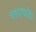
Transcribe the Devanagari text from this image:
चापाकोय़ा